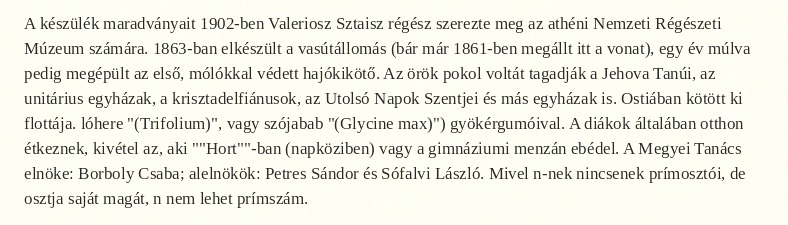
A készülék maradványait 1902-ben Valeriosz Sztaisz régész szerezte meg az athéni Nemzeti Régészeti Múzeum számára. 1863-ban elkészült a vasútállomás (bár már 1861-ben megállt itt a vonat), egy év múlva pedig megépült az első, mólókkal védett hajókikötő. Az örök pokol voltát tagadják a Jehova Tanúi, az unitárius egyházak, a krisztadelfiánusok, az Utolsó Napok Szentjei és más egyházak is. Ostiában kötött ki flottája. lóhere "(Trifolium)", vagy szójabab "(Glycine max)") gyökérgumóival. A diákok általában otthon étkeznek, kivétel az, aki ""Hort""-ban (napköziben) vagy a gimnáziumi menzán ebédel. A Megyei Tanács elnöke: Borboly Csaba; alelnökök: Petres Sándor és Sófalvi László. Mivel n-nek nincsenek prímosztói, de osztja saját magát, n nem lehet prímszám.